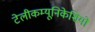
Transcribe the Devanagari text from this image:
टेलीकम्यूनिकेशियो